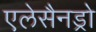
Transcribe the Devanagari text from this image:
एलेसैनड्रो